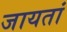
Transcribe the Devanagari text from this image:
जायतां